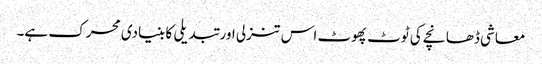
معاشی ڈھانچے کی ٹوٹ پھوٹ اس تنزلی اور تبدیلی کا بنیادی محرک ہے۔